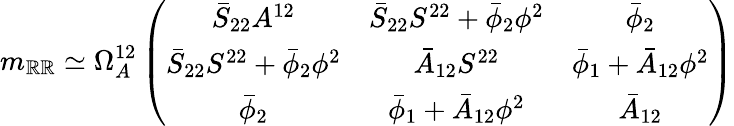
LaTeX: m_{\mathbb{R}\mathbb{R}}\simeq\Omega_{A}^{12}\left(\begin{array}{ccc}{{\bar{S}_{22}A^{12}}}&{{\bar{S}_{22}S^{22}+\bar{\phi}_{2}\phi^{2}}}&{{\bar{\phi}_{2}}}\\ {{\bar{S}_{22}S^{22}+\bar{\phi}_{2}\phi^{2}}}&{{\bar{A}_{12}S^{22}}}&{{\bar{\phi}_{1}+\bar{A}_{12}\phi^{2}}}\\ {{\bar{\phi}_{2}}}&{{\bar{\phi}_{1}+\bar{A}_{12}\phi^{2}}}&{{\bar{A}_{12}}}\end{array}\right)